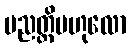
ပညတ္တိဗဟုလော